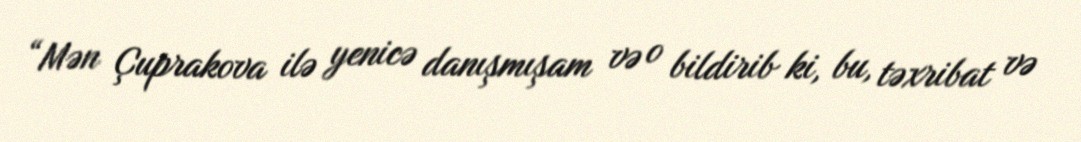
“Mən Çuprakova ilə yenicə danışmışam və o bildirib ki, bu, təxribat və